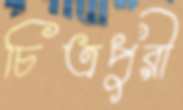
চিত্রপুরী